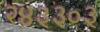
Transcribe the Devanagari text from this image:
२४३३०३